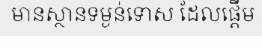
មានស្ថានទម្ងន់ទោស ដែលផ្តើម